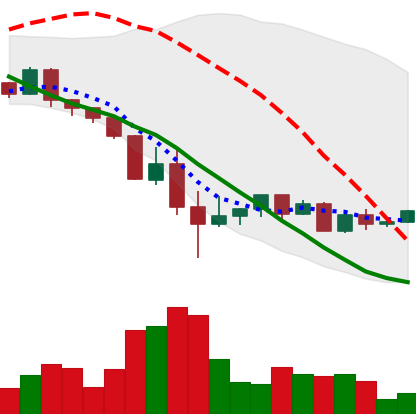
Ticker: ETH-USD
Chart end date: 2022-05-22
Forward return: -15.576%
Label: down_7plus